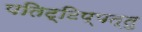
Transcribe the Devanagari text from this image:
पतिट्टिप्पत्तु